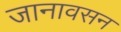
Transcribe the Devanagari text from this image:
जानावसन